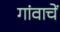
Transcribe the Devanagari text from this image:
गांवाचें